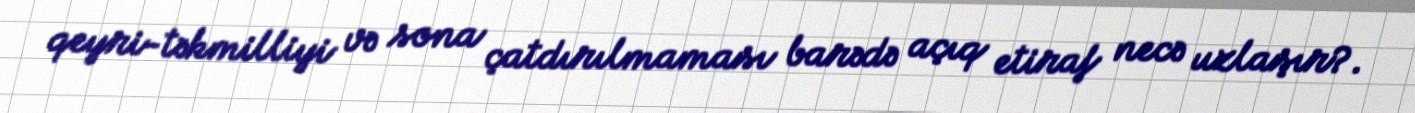
qeyri-təkmilliyi və sona çatdırılmaması barədə açıq etiraf necə uzlaşır?.